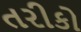
તરીકો